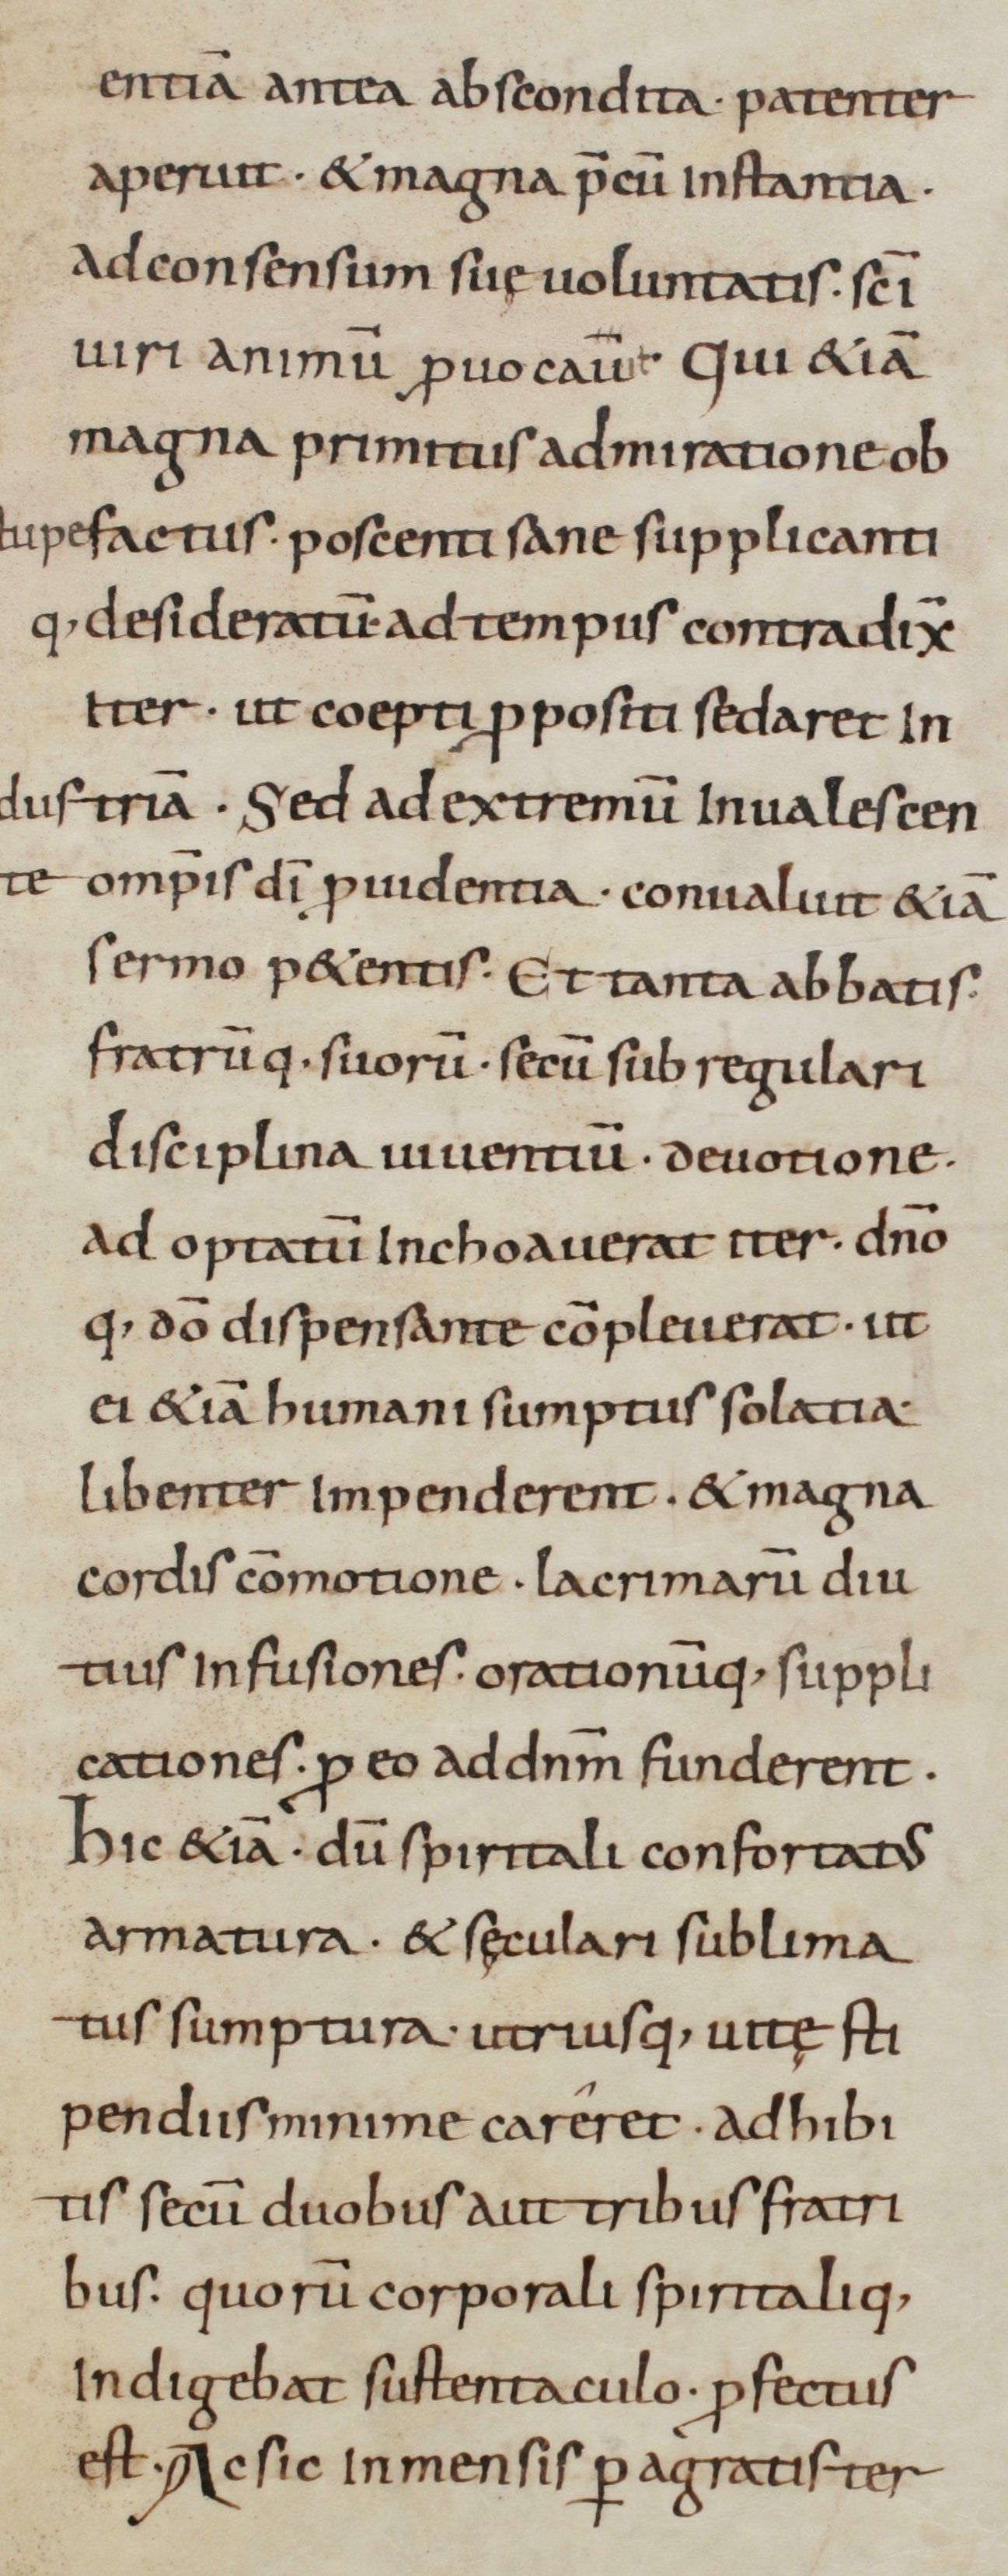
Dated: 800–999